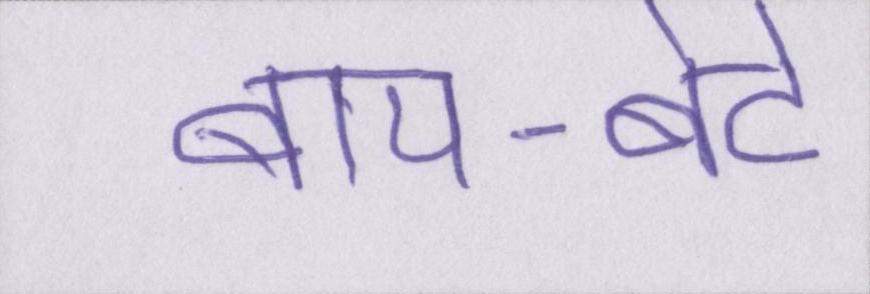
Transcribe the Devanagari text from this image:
बाप-बेटे